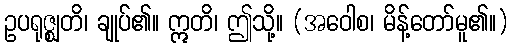
ဥပရုဇ္ဈတိ၊ ချုပ်၏။ ဣတိ၊ ဤသို့။ (အဝေါစ၊ မိန့်တော်မူ၏။)